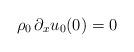
LaTeX: \begin{align*}\rho_0 \, \partial_x u_{0}(0) = 0\end{align*}